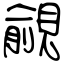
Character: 覦